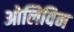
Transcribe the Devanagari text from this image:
ओलिविन